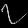
Digit: ၇